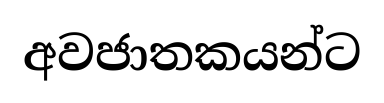
අවජාතකයන්ට